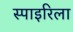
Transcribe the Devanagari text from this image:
स्पाइरिला